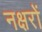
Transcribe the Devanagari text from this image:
नक्षरों